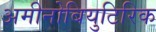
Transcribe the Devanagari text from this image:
अमीनोबियुटिरिक